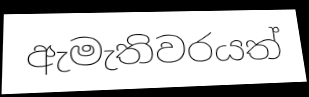
ඇමැතිවරයත්